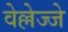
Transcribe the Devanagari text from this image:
वेल्लेज्जे